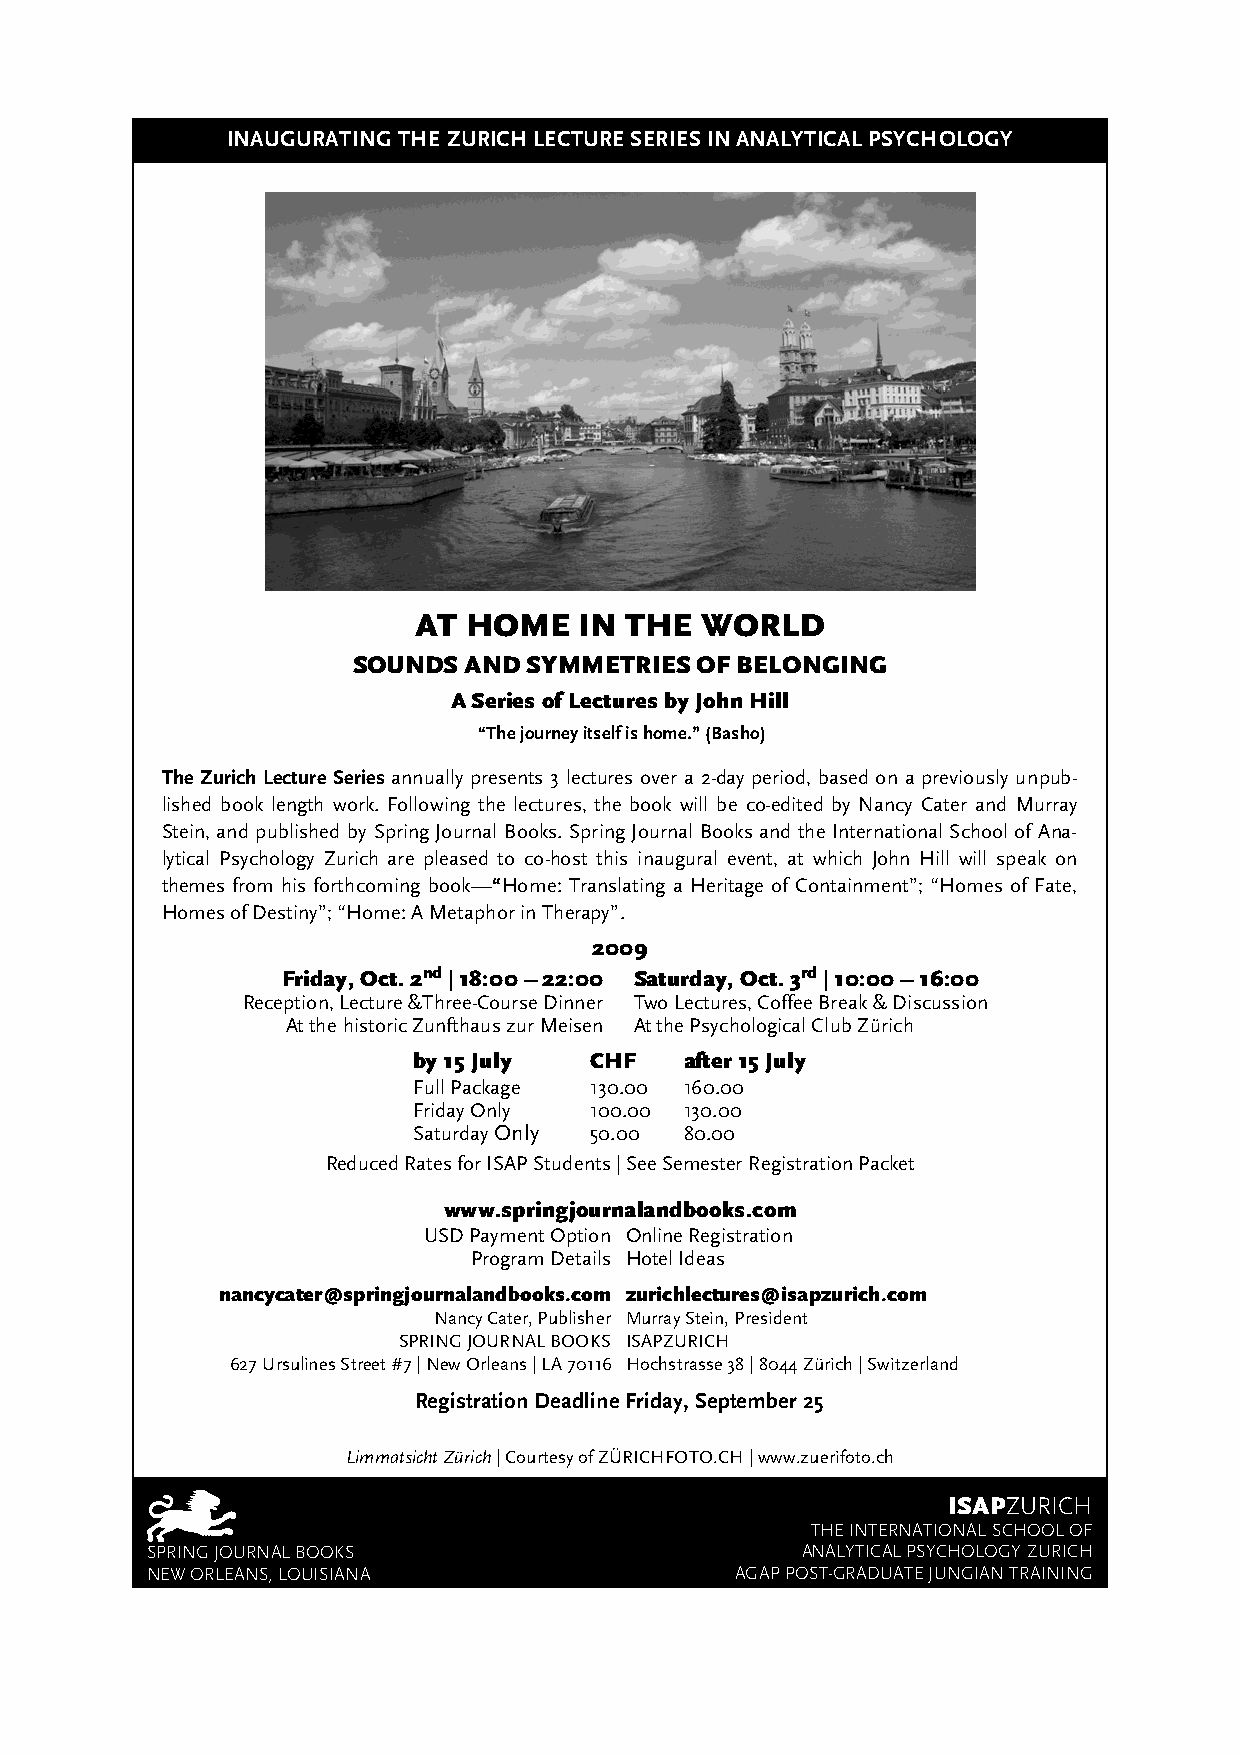
INAUGURATING THE ZURICH LECTURE SERIES IN ANALYTICAL PSYCHOLOGY
 AT  HOME   IN THE  WORLD
 SOUNDS  AND SYMMETRIES OF BELONGING
 A Series of Lectures by John Hill
 “The journey itself is home.” (Basho)
 The Zurich Lecture Series annually presents 3 lectures over a 2-day period, based on a previously unpub-
 lished book length work. Following the lectures, the book will be co-edited by Nancy Cater and Murray
 Stein, and published by Spring Journal Books. Spring Journal Books and the International School of Ana-
 lytical Psychology Zurich are pleased to co-host this inaugural event, at which John Hill will speak on
 themes from his forthcoming book—“Home: Translating a Heritage of Containment”; “Homes of Fate,
 Homes of Destiny”; “Home: A Metaphor in Therapy”.
 2009
 Friday, Oct. 2nd | 18:00 – 22:00 Saturday, Oct. 3rd | 10:00 – 16:00
 Reception, Lecture &Three-Course Dinner Two Lectures, Coffee Break & Discussion
 At the historic Zunfthaus zur Meisen At the Psychological Club Zürich
 by 15 July  CHF   after 15 July
 Full Package 130.00 160.00
 Friday Only 100.00 130.00
 Saturday Only 50.00 80.00
 Reduced Rates for ISAP Students | See Semester Registration Packet
 www.springjournalandbooks.com
 USD Payment Option Online Registration
 Program Details Hotel Ideas
 nancycater@springjournalandbooks.com zurichlectures@isapzurich.com
 Nancy Cater, Publisher Murray Stein, President
 SPRING JOURNAL BOOKS ISAPZURICH
 627 Ursulines Street #7 | New Orleans | LA 70116 Hochstrasse 38 | 8044 Zürich | Switzerland
 Registration Deadline Friday, September 25
 Limmatsicht Zürich | Courtesy of ZÜRICHFOTO.CH | www.zuerifoto.ch
 ISAPZURICH
 THE INTERNATIONAL SCHOOL OF
 SPRING JOURNAL BOOKS                       ANALYTICAL PSYCHOLOGY ZURICH
 NEW ORLEANS, LOUISIANA                 AGAP POST-GRADUATE JUNGIAN TRAINING